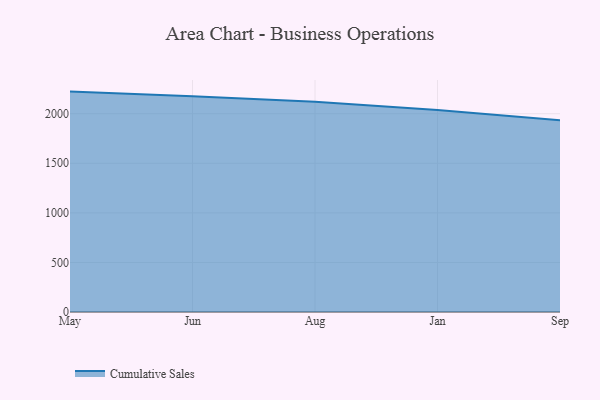
{"axis": {"x": "Month", "y": "Inventory Turnover"}, "legend": ["Cumulative Sales"], "data": [{"x": "May", "y": 2223.1, "type": "Cumulative Sales"}, {"x": "Jun", "y": 2176.8, "type": "Cumulative Sales"}, {"x": "Aug", "y": 2121.7, "type": "Cumulative Sales"}, {"x": "Jan", "y": 2038.4, "type": "Cumulative Sales"}, {"x": "Sep", "y": 1934.0, "type": "Cumulative Sales"}]}